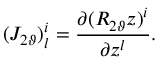
( J _ { 2 \vartheta } ) _ { l } ^ { i } = \frac { \partial ( R _ { 2 \vartheta } z ) ^ { i } } { \partial z ^ { l } } .